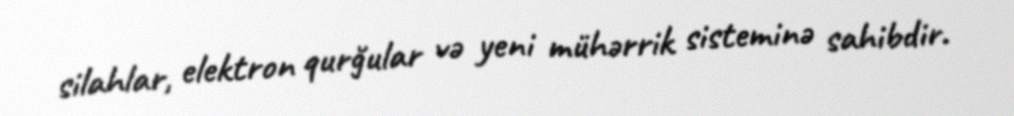
silahlar, elektron qurğular və yeni mühərrik sisteminə sahibdir.